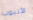
الأنبوب